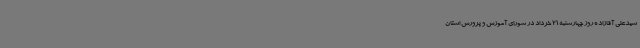
سیدعلی آقازاده روز چهارشنبه 21 خرداد در شورای آموزش و پرورش استان